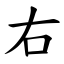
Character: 右